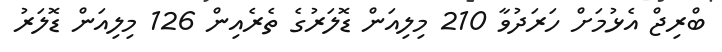
ބްރިޖް އެޅުމަށް ހަރަދުވާ 210 މިލިއަން ޑޮލަރުގެ ތެރެއިން 126 މިލިއަން ޑޮލަރު